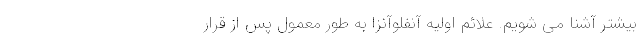
بیشتر آشنا می شویم. علائم اولیه آنفلوآنزا به طور معمول پس از قرار